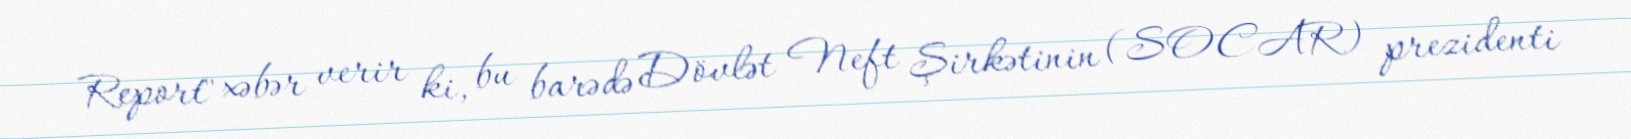
Report" xəbər verir ki, bu barədə Dövlət Neft Şirkətinin (SOCAR) prezidenti